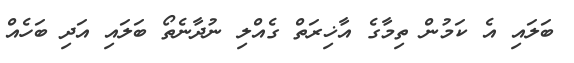
ބަލައި އެ ކަމުން ތިމާގެ އާޚިރަތް ގެއްލި ނުދާނެތޯ ބަލައި އަދި ބަހެއް